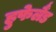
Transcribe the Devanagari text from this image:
हुफेलैंड